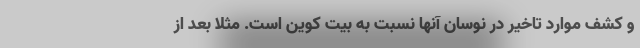
و کشف موارد تاخیر در نوسان آنها نسبت به بیت کوین است. مثلا بعد از